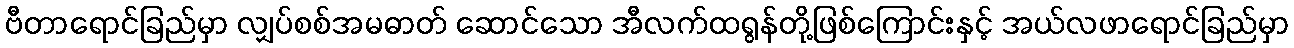
ဗီတာရောင်ခြည်မှာ လျှပ်စစ်အမဓာတ် ဆောင်သော အီလက်ထရွန်တို့ဖြစ်ကြောင်းနှင့် အယ်လဖာရောင်ခြည်မှာ